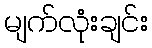
မျက်လုံးချင်း